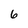
Character: 6